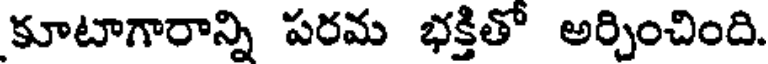
కూటాగారాన్ని పరమ భక్తితో అర్చించింది.